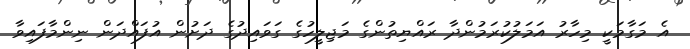
އެ މަގާމަކީ މިހާރު އަމަލުކުރަމުންދާ ރައްޔިތުންގެ މަޖިލީހުގެ ގަވައިދުގެ ދަށުން އުފައްދަން ނިންމާފައިވާ